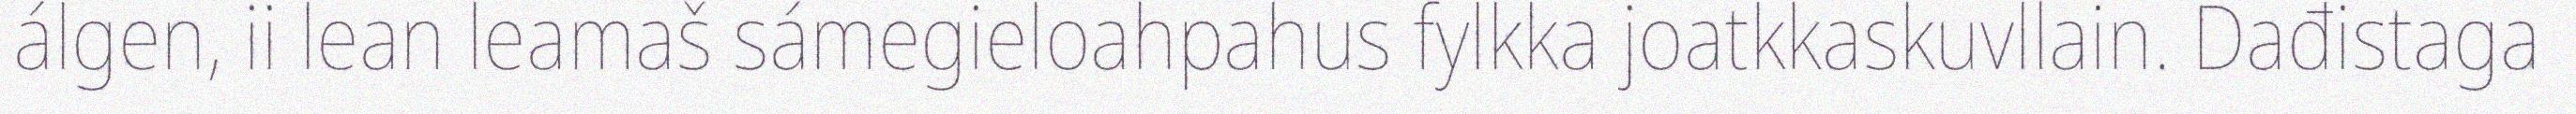
álgen, ii lean leamaš sámegieloahpahus fylkka joatkkaskuvllain. Dađistaga